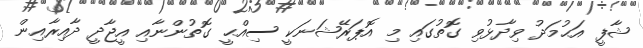
ޝާފީ އަޙުމަދު ވިދާޅުވި ގޮތުގައި މި އޮޕަރޭޝަނަކީ ސިއްޙީ ގޮތުންނާއި އީޖާދީ ދާއިރާއިން